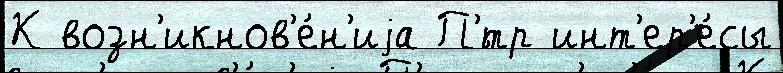
К возн'икнов'е́н'иjа П'́тр инт'ер'е́сы